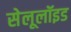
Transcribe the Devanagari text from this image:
सेलूलॉइड